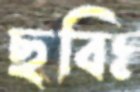
ছবিঃ